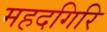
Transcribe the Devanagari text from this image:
महदगिरि